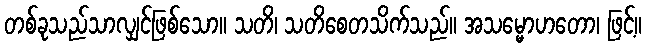
တစ်ခုသည်သာလျှင်ဖြစ်သော။ သတိ၊ သတိစေတသိက်သည်။ အသမ္မောဟတော၊ ဖြင့်။